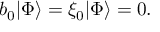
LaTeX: b _ { 0 } | \Phi \rangle = \xi _ { 0 } | \Phi \rangle = 0 .